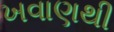
ખવાણથી